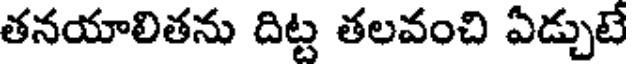
తనయాలితను దిట్ట తలవంచి ఏడ్చుటే